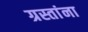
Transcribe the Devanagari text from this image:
ग्रस्तांना